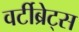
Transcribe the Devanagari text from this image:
वर्टीब्रेट्स